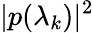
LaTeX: |p(\lambda_{k})|^{2}